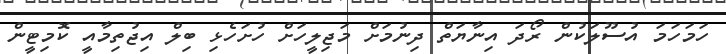
ހަމަހަމަ އުސޫލަކުން ރޯދަ އިނާޔަތް ދިނުމަށް މަޖިލީހަށް ހުށަހެޅި ބިލް އިޖުތިމާއީ ކޮމިޓީން